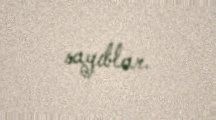
sayıblar.